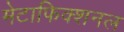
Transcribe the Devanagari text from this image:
मेटाफिक्शनल